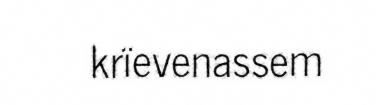
krïevenassem